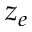
z _ { e }